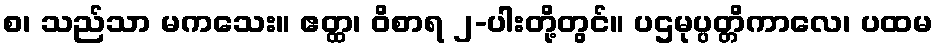
စ၊ သည်သာ မကသေး။ ဧတ္ထ၊ ဝိစာရ ၂-ပါးတို့တွင်။ ပဌမုပ္ပတ္တိကာလေ၊ ပထမ